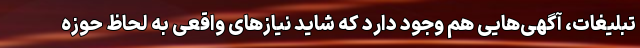
تبلیغات، آگهی‌هایی هم وجود دارد که شاید نیازهای واقعی به لحاظ حوزه